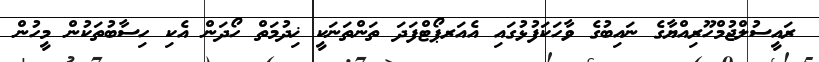
ރައީސުލްޖުމްހޫރިއްޔާގެ ނައިބުގެ ވާހަކަފުޅުގައި އެއަރޕޯޓްފަދަ ތަންތަނަކީ ޚިދުމަތް ހޯދަން އެކި ހިސާބުތަކުން މީހުން